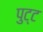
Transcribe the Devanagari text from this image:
पुट्ट